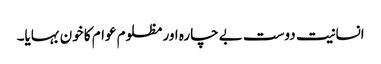
انسانیت دوست بے چارہ اور مظلوم عوام کا خون بہایا۔